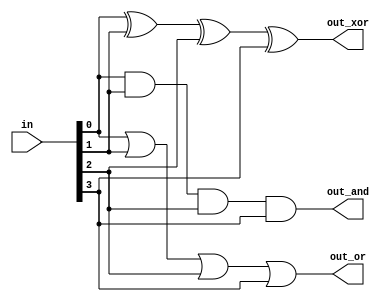
module top_module( 
    input [3:0] in,
    output out_and,
    output out_or,
    output out_xor
);

// AND gate implementation
assign out_and = in[0] & in[1] & in[2] & in[3];

// OR gate implementation
assign out_or = in[0] | in[1] | in[2] | in[3];

// XOR gate implementation
assign out_xor = in[0] ^ in[1] ^ in[2] ^ in[3];

endmodule